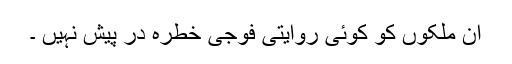
ان ملکوں کو کوئی روایتی فوجی خطرہ در پیش نہیں ۔